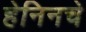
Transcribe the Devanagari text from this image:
हेनिनचे